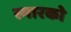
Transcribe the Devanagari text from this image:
स्मारको